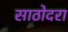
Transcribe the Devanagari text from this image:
साठोदरा